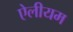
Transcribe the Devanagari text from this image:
ऐलीयम